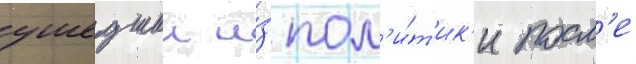
ушедшии и́з пол'и́т'ик'и посл'е